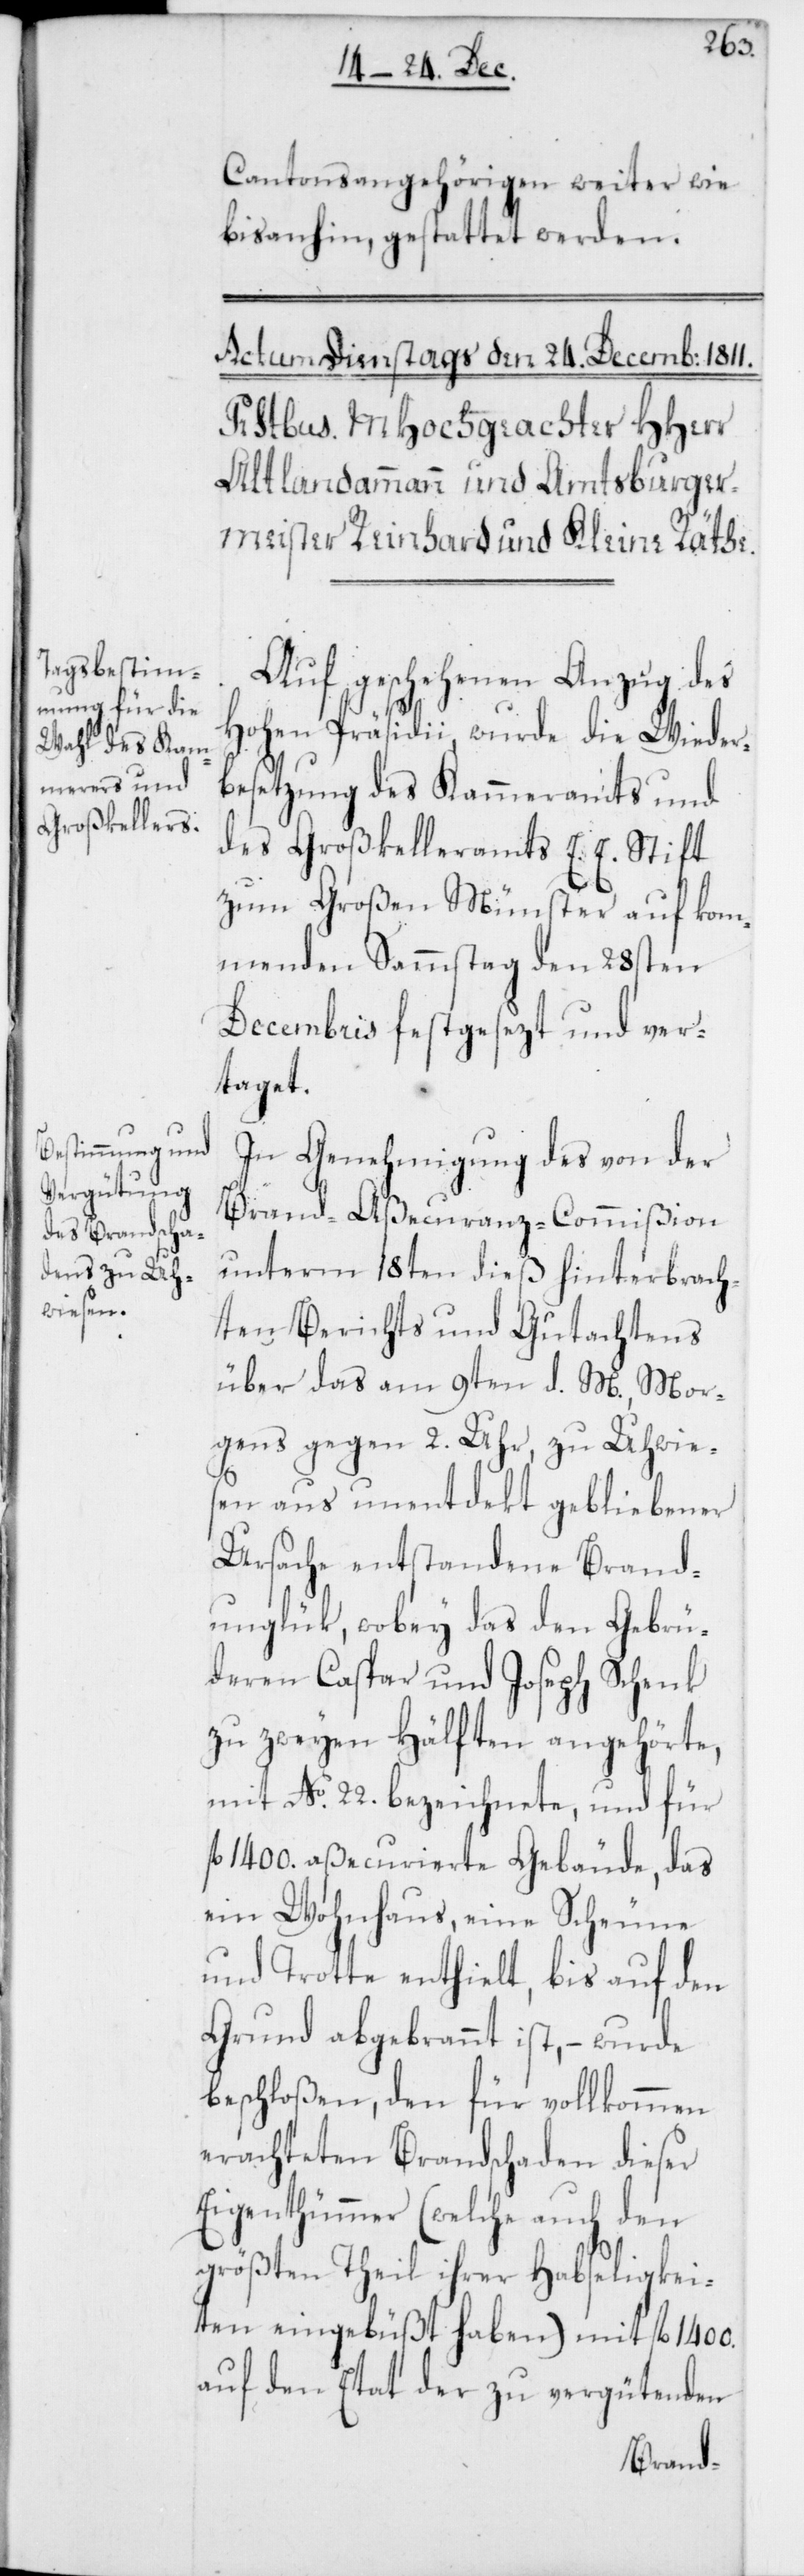
Cantonsangehörigen weiter wie
bisanhin, gestattet werden.
Auf geschehenen Anzug des
Hohen Präsidii, wurde die Wieder¬
besetzung des Kammeramts und
des Großkelleramts E. E. Stift
zum Großen Münster auf kom¬
menden Sammstag den 28sten
Decembris festgesezt und ver¬
taget.
In Genehmigung des von der
Brand-Aßecuranz-Commißion
unterm 18ten dieß hinterbrach¬
ten Berichts und Gutachtens
über das am 9ten d. M., Mor¬
gens gegen 2. Uhr, zu Uhwie¬
sen aus unentdekt gebliebener
Ursache entstandene Brand¬
unglük, wobey das den Gebrü¬
deren Caspar und Joseph Schenk
zu zweyen Hälften angehörte,
mit No. 22. bezeichnete, und für
fl. 1400. aßecurierte Gebäude, das
ein Wohnhaus, eine Scheune
und Trotte enthielt, bis auf den
Grund abgebrannt ist, – wurde
beschloßen, den für vollkommen
erachteten Brandschaden dieser
Eigenthümmer (welche auch den
größten Theil ihrer Habseligkei¬
ten eingebüßt haben) mit fl. 1400.
auf den Etat der zu vergütenden